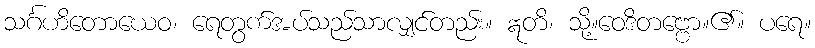
သင်္ဂဟိတောယေဝ၊ ရေတွက်အပ်သည်သာလျှင်တည်း။ ဣတိ၊ သို့။ဝေဒိတဗ္ဗော။၏။ ပရေ။